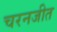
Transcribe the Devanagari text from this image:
चरनजीत